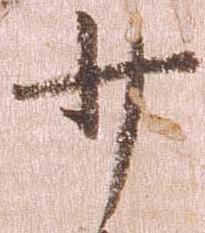
少